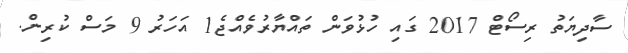
ސާދިޔަތު ރިސޯޓް 2017 ގައި ހުޅުވަން ތައްޔާރުވެއްޖެ1 އަހަރު 9 މަސް ކުރިން.